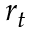
r _ { t }